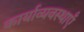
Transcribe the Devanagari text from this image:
कार्याव्यवस्थाएँ